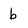
Character: b